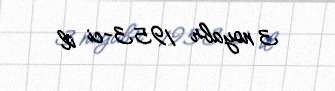
3 noyabr 1953-ci il